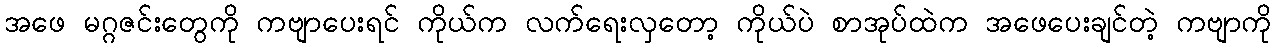
အဖေ မဂ္ဂဇင်းတွေကို ကဗျာပေးရင် ကိုယ်က လက်ရေးလှတော့ ကိုယ်ပဲ စာအုပ်ထဲက အဖေပေးချင်တဲ့ ကဗျာကို